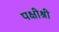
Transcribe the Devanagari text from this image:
पक्षीश्री